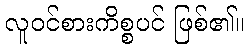
လူဝင်စားကိစ္စပင် ဖြစ်၏။